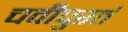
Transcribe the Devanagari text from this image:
चवीपुरतं